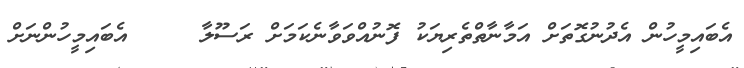
އެބައިމީހުން އެދުނުގޮތަށް އަމާނާތްތެރިޔަކު ފޮނުއްވަވާނެކަމަށް ރަސޫލާ     އެބައިމީހުންނަށް